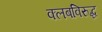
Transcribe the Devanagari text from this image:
क्लबविरुद्ध